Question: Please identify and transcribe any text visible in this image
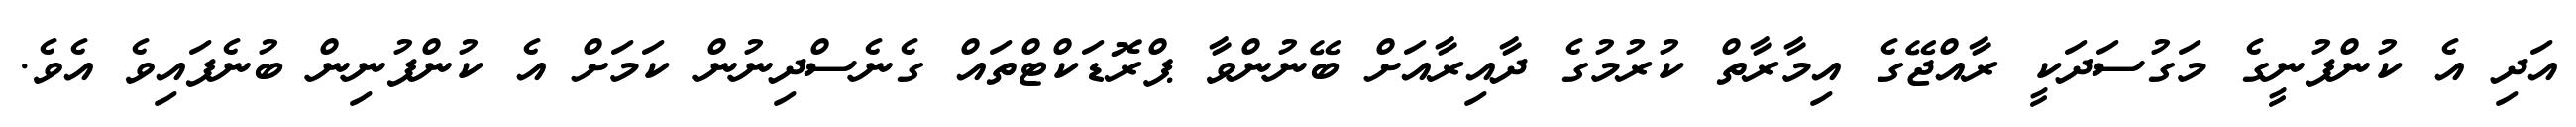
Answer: އަދި އެ ކުންފުނީގެ މަގުސަދަކީ ރާއްޖޭގެ އިމާރާތް ކުރުމުގެ ދާއިރާއަށް ބޭނުންވާ ޕްރޮޑަކްޓްތައް ގެނެސްދިނުން ކަމަށް އެ ކުންފުނިން ބުނެފައިވެ އެވެ.